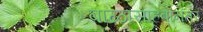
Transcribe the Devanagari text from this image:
बाळासाहेबांनंतर